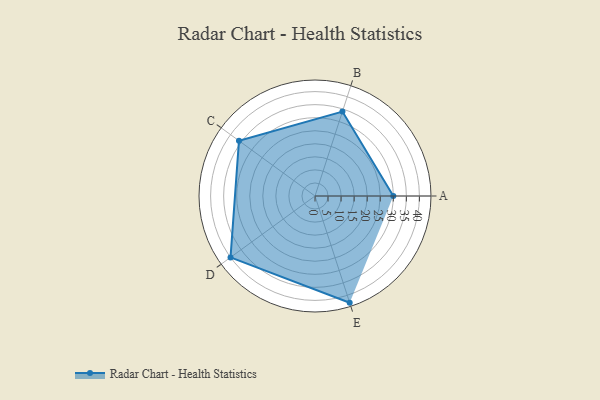
{"axis": {"x": "Skill", "y": "Score"}, "legend": ["Profile"], "data": [{"x": "A", "y": 30.0, "type": "Profile"}, {"x": "B", "y": 34.0, "type": "Profile"}, {"x": "C", "y": 36.0, "type": "Profile"}, {"x": "D", "y": 40.0, "type": "Profile"}, {"x": "E", "y": 43.0, "type": "Profile"}]}